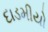
દાડમીયો